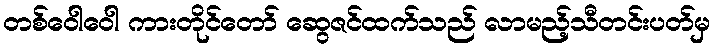
တစ်ဝေါဝေါ ကားတိုင်တော် ဆွေဇင်ထက်သည် လာမည့်သီတင်းပတ်မှ